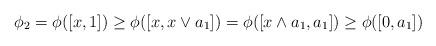
LaTeX: \begin{align*}\phi_2=\phi([x,1])\geq\phi([x,x\vee a_1])=\phi([x\wedge a_1,a_1])\geq \phi([0,a_1])\end{align*}